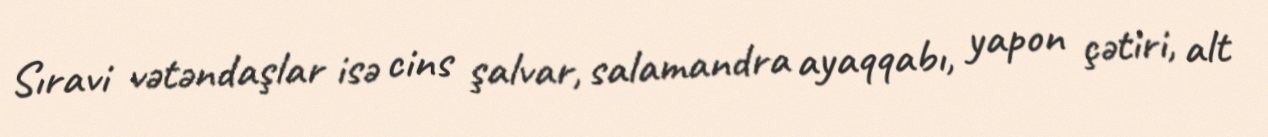
Sıravi vətəndaşlar isə cins şalvar, salamandra ayaqqabı, yapon çətiri, alt